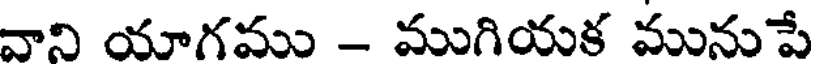
వాని యాగము - ముగియక మునుపే